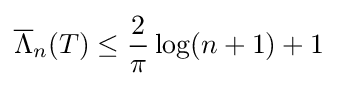
{\overline {\Lambda }}_{n}(T)\leq {\frac {2}{\pi }}\log(n+1)+1